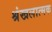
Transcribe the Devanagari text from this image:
श्रंखलात्मक